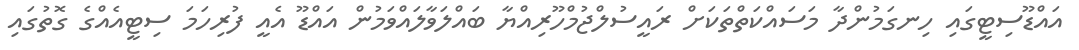
އައްޑޫސިޓީގައި ހިނގަމުންދާ މަސައްކަތްތަކަށް ރައީސުލްޖުމްހޫރިއްޔާ ބައްލަވާލައްވަމުން އައްޑޫ އެއީ ފުރިހަމަ ސިޓީއެއްގެ ގޮތުގައި